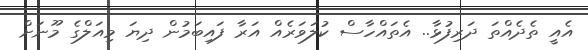
އެއީ ތެދެއްތަ ދަރިފުޅާ.. އެތައްހާސް ކުލަވަރެއް އަރާ ފައިބަމުން ދިޔަ މިއަލްގެ މޫނަށް